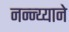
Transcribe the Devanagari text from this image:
नन्न्य्याने